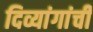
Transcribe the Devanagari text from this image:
दिव्यांगांची